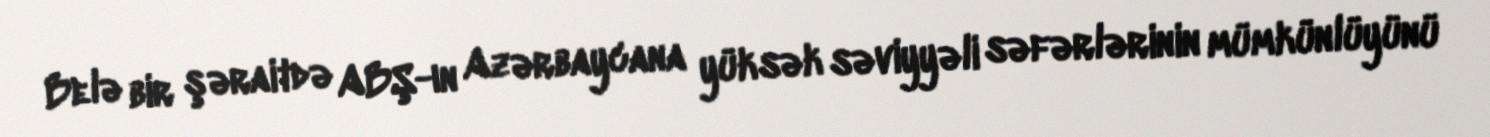
Belə bir şəraitdə ABŞ-ın Azərbaycana yüksək səviyyəli səfərlərinin mümkünlüyünü